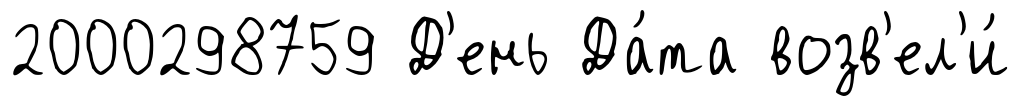
2000298759 Д'ень Да́та возв'ел'и́